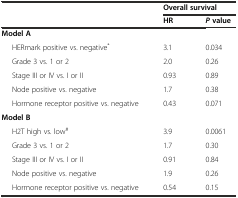
<table><thead><tr><td></td><td colspan="2"><b>Overall survival</b></td></tr><tr><td></td><td><b>HR</b></td><td><b><i>P</i>value</b></td></tr></thead><tbody><tr><td><b>Model A</b></td><td></td><td></td></tr><tr><td>HERmark positive vs. negative<sup>*</sup></td><td>3.1</td><td>0.034</td></tr><tr><td>Grade 3 vs. 1 or 2</td><td>2.0</td><td>0.26</td></tr><tr><td>Stage III or IV vs. I or II</td><td>0.93</td><td>0.89</td></tr><tr><td>Node positive vs. negative</td><td>1.7</td><td>0.38</td></tr><tr><td>Hormone receptor positive vs. negative</td><td>0.43</td><td>0.071</td></tr><tr><td><b>Model B</b></td><td></td><td></td></tr><tr><td>H2T high vs. low<sup>#</sup></td><td>3.9</td><td>0.0061</td></tr><tr><td>Grade 3 vs. 1 or 2</td><td>1.7</td><td>0.30</td></tr><tr><td>Stage III or IV vs. I or II</td><td>0.91</td><td>0.84</td></tr><tr><td>Node positive vs. negative</td><td>1.9</td><td>0.26</td></tr><tr><td>Hormone receptor positive vs. negative</td><td>0.54</td><td>0.15</td></tr></tbody></table>